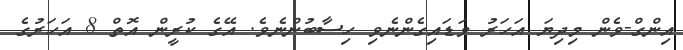
އިންގް-ވެން މިދިޔަ އަހަރު ވަޑައިގެންނެވި ހިސާބުންނެވެ. އޭގެ ކުރީން އޮތް 8 އަހަރުގެ